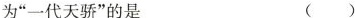
为”一代天骄”的是 ()